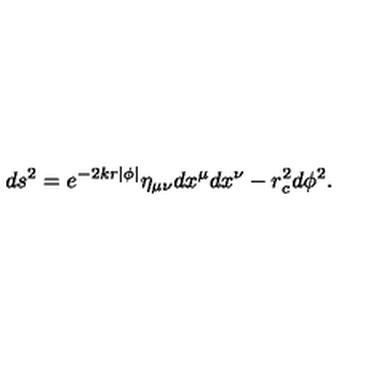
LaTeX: d s ^ { 2 } = e ^ { - 2 k r | \phi | } \eta _ { \mu \nu } d x ^ { \mu } d x ^ { \nu } - r _ { c } ^ { 2 } d \phi ^ { 2 } .